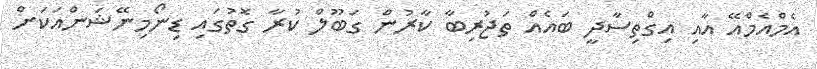
އެމްއެމްއޭ އާއި އިގްތިސާދީ ބައެއް ތަޖުރިބާ ކާރުން ގަބޫލް ކުރާ ގޮތުގައި ޑިނޯމިނޭޝަންއަކަށް